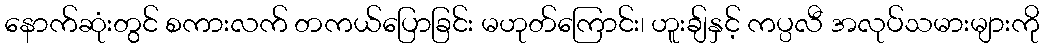
နောက်ဆုံးတွင် စကားလက် တကယ်ပြောခြင်း မဟုတ်ကြောင်း၊ ဟူးချ်နှင့် ကပ္ပလီ အလုပ်သမားများကို